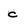
Character: c